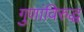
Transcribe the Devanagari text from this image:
गुणांविरुद्ध